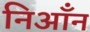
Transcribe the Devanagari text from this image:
निआँन